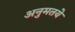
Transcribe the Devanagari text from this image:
अनुमतये